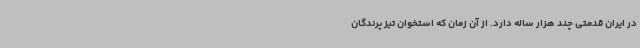
در ایران قدمتی چند هزار ساله دارد. از آن زمان که استخوان تیز پرندگان